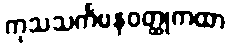
ကုသသင်္ကမနဝတ္ထုကထာ